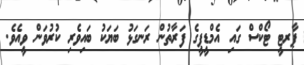
ޕާރޓީ ޓޯކްސް ގައި އެމްޑީޕީގެ ފަރާތުން ރަނގަޅު ބަޔަކު ބައިވެރި ކުރުވަން ވީއެވެ.